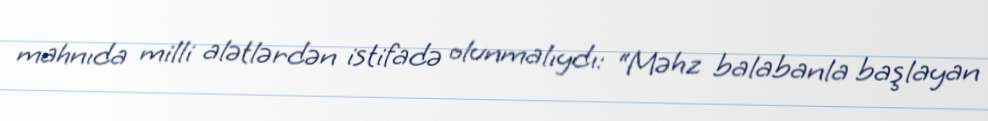
mahnıda milli alətlərdən istifadə olunmalıydı: “Məhz balabanla başlayan